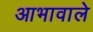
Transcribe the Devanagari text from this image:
आभावाले